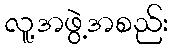
လူ့အဖွဲ့အစည်း